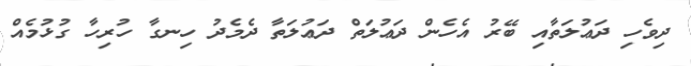
ދިވެހި ދަޢުލަތާއި ބޭރު އެހެން ދަޢުލަތް ދަޢުލަތާ ދެމެދު ހިނގާ ހުރިހާ ގުޅުމެއް